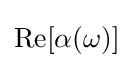
{\text{Re}}[\alpha (\omega )]